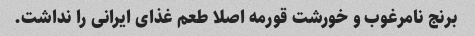
برنج نامرغوب و خورشت قورمه اصلا طعم غذای ایرانی را نداشت.